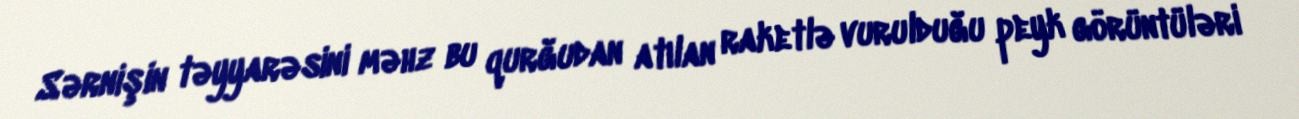
Sərnişin təyyarəsini məhz bu qurğudan atılan raketlə vurulduğu peyk görüntüləri